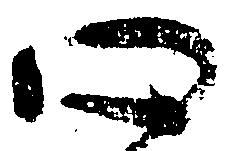
心